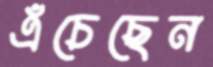
এঁচেছেন